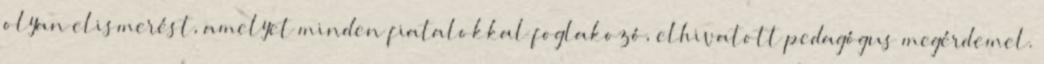
olyan elismerést, amelyet minden fiatalokkal foglakozó, elhivatott pedagógus megérdemel.